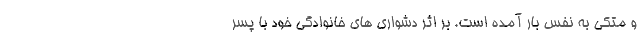
و متکي به نفس بار آمده است. بر اثر دشواري هاي خانوادگي خود با پسر